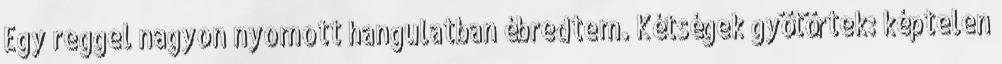
Egy reggel nagyon nyomott hangulatban ébredtem. Kétségek gyötörtek: képtelen